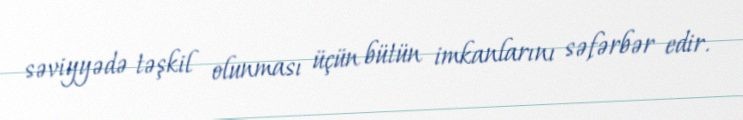
səviyyədə təşkil olunması üçün bütün imkanlarını səfərbər edir.